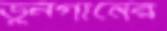
ডুনগানের